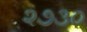
૨૭૩૦